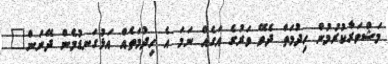
މަޝްވަރާކުރުމުން ހިދުމަތް ދެވޭ ވަރުގެ އަގެއް ނަމަ އެ ހިދުމަތެއް އަޅުގަނޑުމެން ދޭނަން"